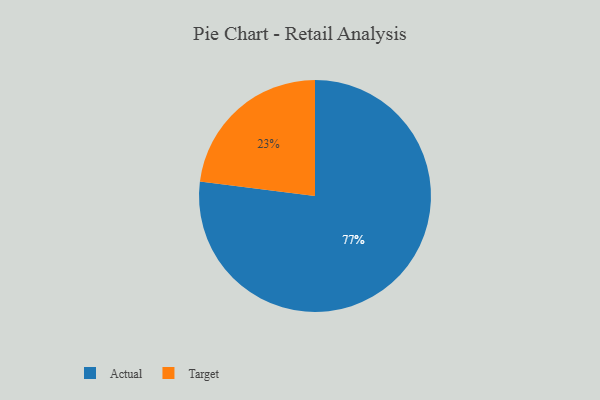
{"axis": {"x": "Category", "y": "Percentage"}, "legend": ["Actual", "Target"], "data": [{"x": "Target", "y": 23, "type": "Target"}, {"x": "Actual", "y": 77, "type": "Actual"}]}